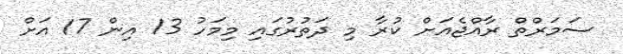
ސަމަރްތް ރާއްޖެއަށް ކުރާ މި ދަތުރުގައި މިމަހު 13 އިން 17 އަށް